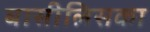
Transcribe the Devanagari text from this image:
बासीलिसका